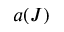
a ( J )